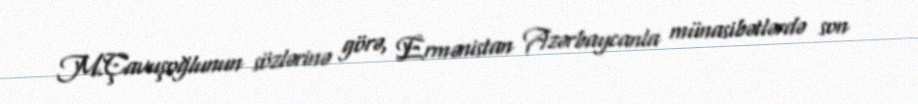
M.Çavuşoğlunun sözlərinə görə, Ermənistan Azərbaycanla münasibətlərdə son